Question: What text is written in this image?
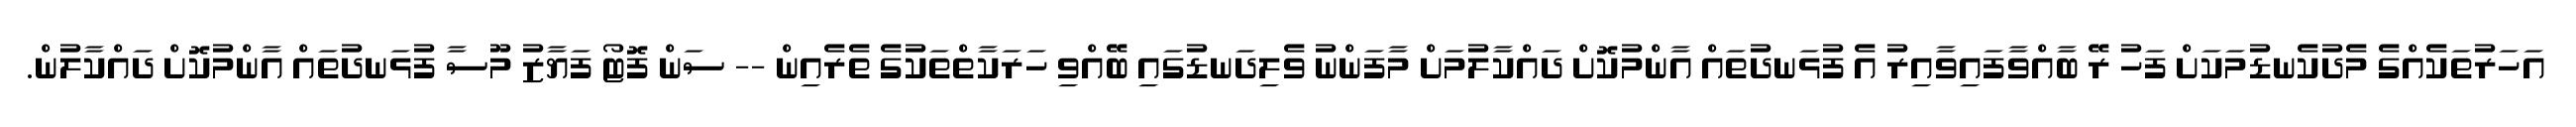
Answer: އަހަރުތަކެއްގެ މެދުކެނޑުމަކަށް ފަހު ރޭ ބާއްވާފައިވާއިރު އެ ފުޅަނދުތައް އާންމުކޮށް ދައްކާލުމަށް މާފަންނު ވެލިދަނޑުގައި ބޭއްވި ހަރަކާތްތަކުގެ ތެރެއިން -- ސަން ފޮޓޯ ފަޔާޒު މޫސާ ފުޅަނދުތައް އާންމުކޮށް ދައްކާލުން.